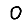
Digit: 0